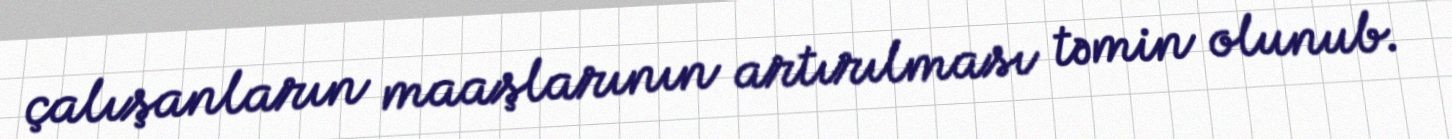
çalışanların maaşlarının artırılması təmin olunub.